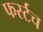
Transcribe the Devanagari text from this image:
फर्स्टच